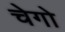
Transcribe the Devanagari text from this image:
चेगो